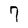
Character: 7